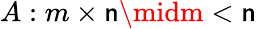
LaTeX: A:m\times\mathsf{n}\midm<\mathsf{n}